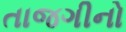
તાજગીનો